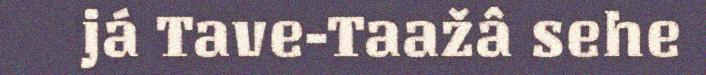
já Tave-Taažâ sehe